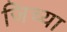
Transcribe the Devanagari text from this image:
जिच्‍या